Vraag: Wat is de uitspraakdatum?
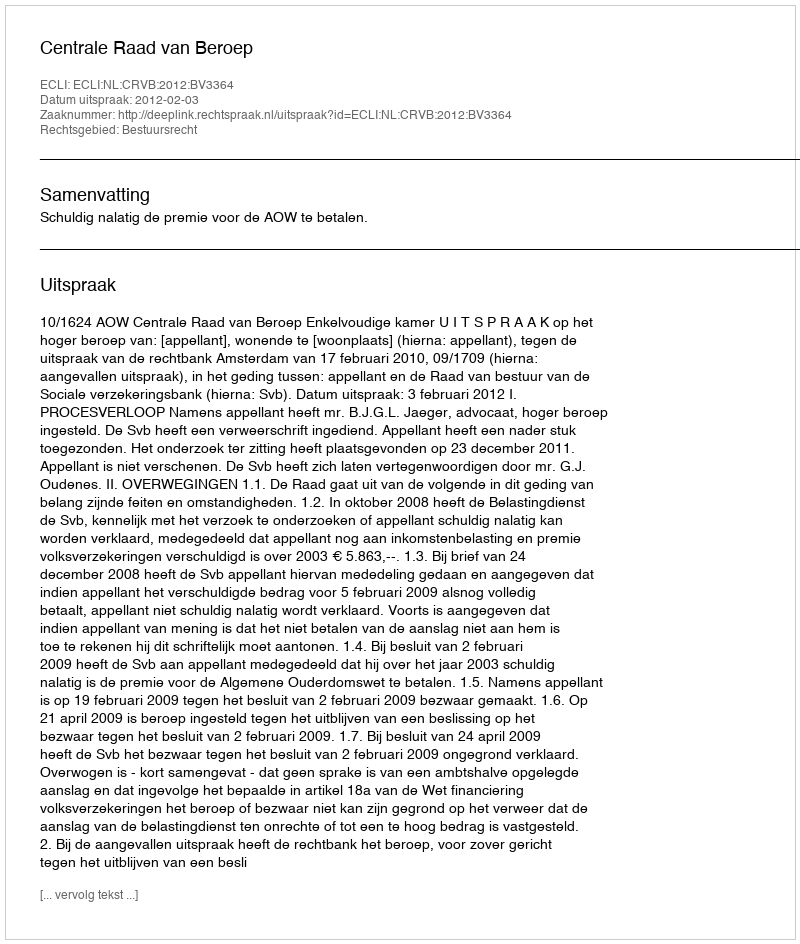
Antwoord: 2012-02-03